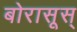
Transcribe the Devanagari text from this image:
बोरासूस्